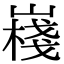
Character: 嶘